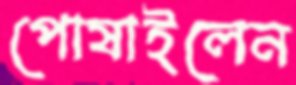
পোষাইলেন